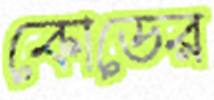
কোডের